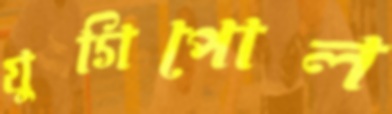
যুগিপোল